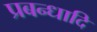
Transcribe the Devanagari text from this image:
प्रबन्धादि